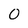
Character: 0